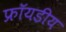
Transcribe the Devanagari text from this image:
फ्रॉयडीय